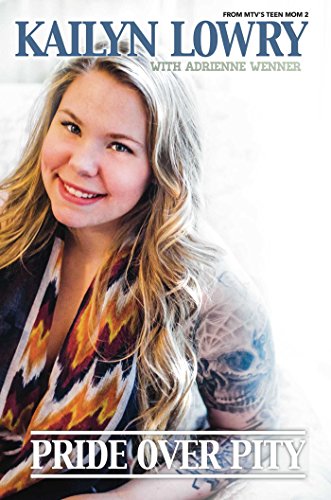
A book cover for Pride Over Pity; Kailyn Lowry; Parenting & Relationships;